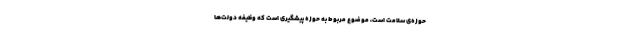
حوزه‌ی سلامت است، موضوع مربوط به حوزه پیشگیری است که وظیفه دولت‌ها